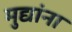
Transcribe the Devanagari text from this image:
मुद्यांना